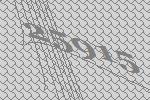
25915